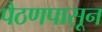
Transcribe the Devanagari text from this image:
पैठणपासून